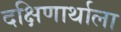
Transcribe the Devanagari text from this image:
दक्षिणार्थाला